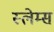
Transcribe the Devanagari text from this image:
स्लेम्स